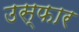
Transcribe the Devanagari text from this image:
उस्फार